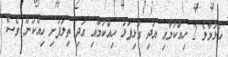
ހުޅުމާލެ 2 ހިއްކުމާއި އަދި ގުޅިފަޅު ހިއްކުމާއި އަދި ތިލަފުށި ހިއްކުން ވެސް